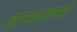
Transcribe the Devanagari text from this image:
हास्याभासो